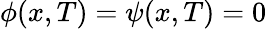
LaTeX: \phi(x,T)=\psi(x,T)=0